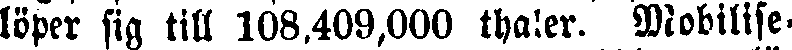
löper sig till 108,409,000 thaler. Mobilise-